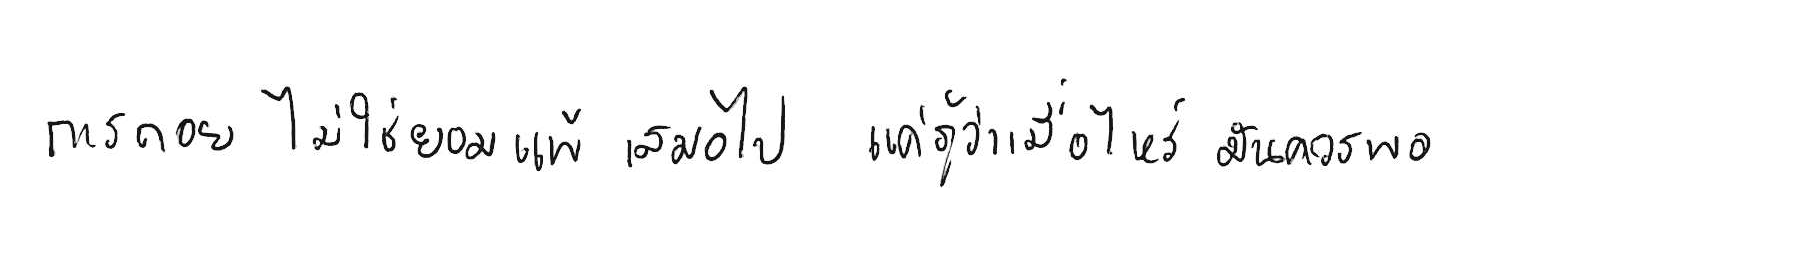
การถอย ไม่ใช่ยอมแพ้ เสมอไป แค่รู้ว่าเมื่อไหร่ มันควรพอ